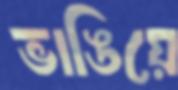
ভাঙিয়ে